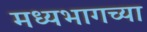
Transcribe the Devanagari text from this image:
मध्‍यभागच्या